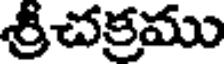
శ్రీచక్రము